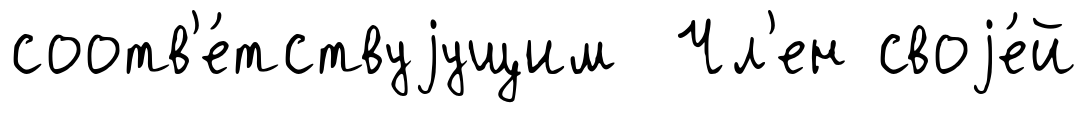
соотв'е́тствуjущим Чл'ен своjе́й